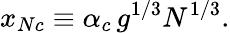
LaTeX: x_{Nc}\equiv\alpha_{c}\, g^{1/3}N^{1/3}.